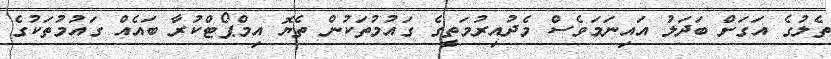
ތެލުގެ އަގަށް ބަދަލު އައިނަމަވެސް މެދުއިރުމަތީގެ ގައުމުތަކުން ތެޔޮ އިމްޕޯޓްކުރާ ބައެއް ގައުމުތަކުގެ